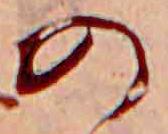
の